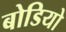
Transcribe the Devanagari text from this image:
बोडियो